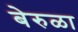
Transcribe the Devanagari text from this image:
बेरुळा